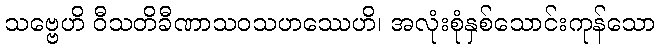
သဗ္ဗေဟိ ဝီသတိခီဏာသဝသဟဿေဟိ၊ အလုံးစုံနှစ်သောင်းကုန်သော